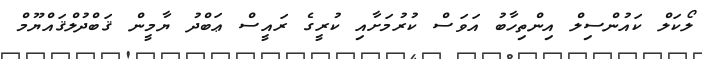
ލޯކަލް ކައުންސިލް އިންތިހާބު އަވަސް ކުރުމަށާއި ކުރީގެ ރައީސް ޢަބްދު ޔާމީން ޤަބްދުލްޤައްޔޫމް